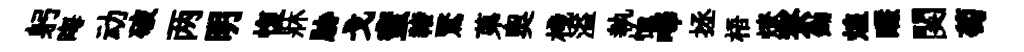
躬晦动破两明愎牀胁戈蜚禇鷖苐奧棧溢執恤嗶拯梧燎寮鋤煌釅関萄